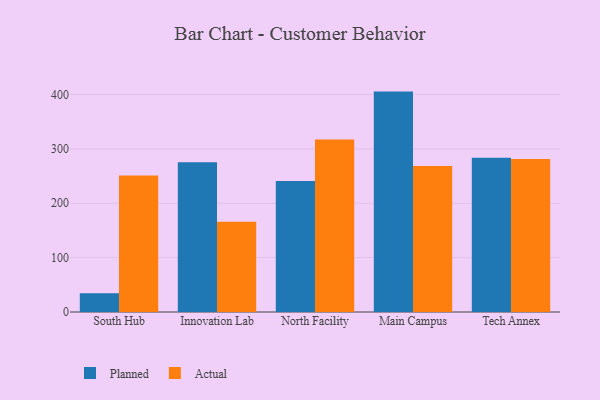
{"axis": {"x": "Campus", "y": "Temperature (°C)"}, "legend": ["Actual", "Planned"], "data": [{"x": "South Hub", "y": 34.3, "type": "Planned"}, {"x": "South Hub", "y": 251.0, "type": "Actual"}, {"x": "Innovation Lab", "y": 275.5, "type": "Planned"}, {"x": "Innovation Lab", "y": 165.9, "type": "Actual"}, {"x": "North Facility", "y": 241.0, "type": "Planned"}, {"x": "North Facility", "y": 317.3, "type": "Actual"}, {"x": "Main Campus", "y": 405.4, "type": "Planned"}, {"x": "Main Campus", "y": 268.7, "type": "Actual"}, {"x": "Tech Annex", "y": 283.9, "type": "Planned"}, {"x": "Tech Annex", "y": 281.4, "type": "Actual"}]}